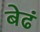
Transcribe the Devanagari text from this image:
बेढं